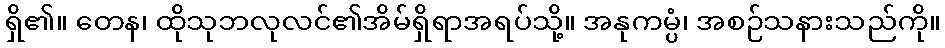
ရှိ၏။ တေန၊ ထိုသုဘလုလင်၏အိမ်ရှိရာအရပ်သို့။ အနုကမ္ပံ၊ အစဉ်သနားသည်ကို။